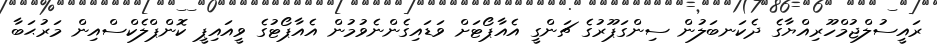
ރައީސުލްޖުމްހޫރިއްޔާގެ ދެކަނބަލުން ސިންގަޕޫރުގެ ޗަންގީ އެއާޕޯޓަށް ވަޑައިގެންނެވުމުން އެއާޕޯޓުގެ ވީއައިޕީ ކޮންޕްލެކްސްއިން މަރުޙަބާ